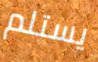
يستلم